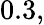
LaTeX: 0.3,